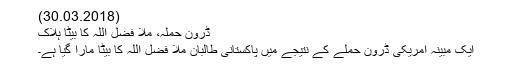
(30.03.2018)
ڈرون حملہ، مُلا فضل اللہ کا بیٹا ہلاک
ایک مبینہ امریکی ڈرون حملے کے نتیجے میں پاکستانی طالبان ملا فضل اللہ کا بیٹا مارا گیا ہے۔